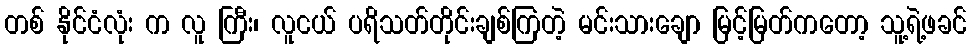
တစ် နိုင်ငံလုံး က လူ ကြီး၊ လူငယ် ပရိသတ်တိုင်းချစ်ကြတဲ့ မင်းသားချော မြင့်မြတ်ကတော့ သူ့ရဲ့ဖခင်